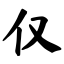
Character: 仅